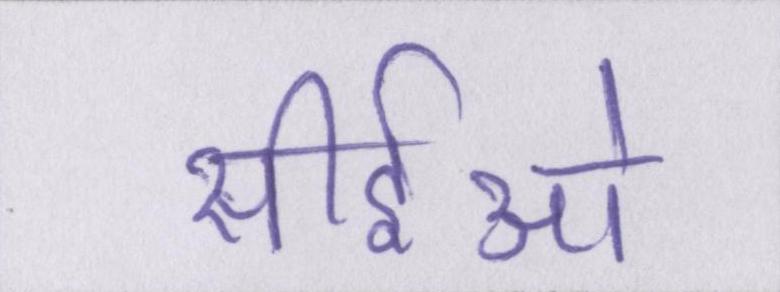
सीईओ